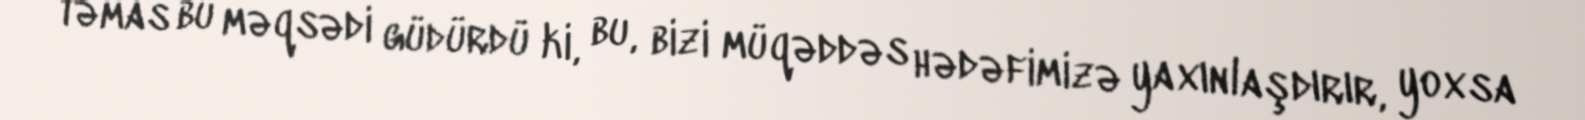
təmas bu məqsədi güdürdü ki, bu, bizi müqəddəs hədəfimizə yaxınlaşdırır, yoxsa